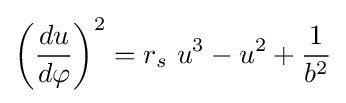
{\left({du \over d\varphi }\right)^{2}}=r_{s}\ u^{3}-u^{2}+{\frac {1}{b^{2}}}